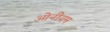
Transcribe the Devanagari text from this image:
ओनीयम